Lunatic asylums United Provinces 1909-1921 - 1909-1921
Year: 1909
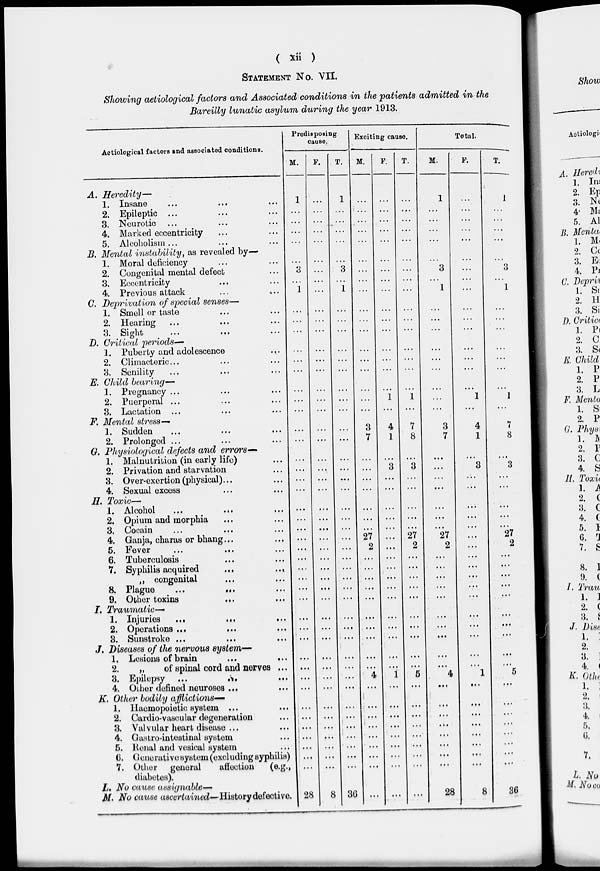
STATEMENT NO. VII.
Showing aetiological factors and Associated conditions in the patients admitted in the
Bareilly lunatic asylum during the year 1913.
Aetiological factors and associated conditions.
A. Heredity—
1. Insane
2. Epileptic ...
3. Neurotic
4. Marked eccentricity
5. Alcoholism ...
B. Mental instability, as revealed by—
1. Moral deficiency
2. Congenital mental defect
3. Eccentricity
4. Previous attack
C. Deprivation of special senses—
1. Smell or taste
2. Hearing
3. Sight
...
MI
D. Critical periods—
1. Puberty and adolescence
2. Climacteric...
3. Senility
E. Child bearing—
1. Pregnancy ...
2. Puerperal ...
3. Lactation
F. Mental stress—
1. Sudden
2. Prolonged ...
G. Physiological defects and errors—
1. Malnutrition (in early life)
2. Privation and starvation
3. Over-exertion (physical)...
4. Sexual excess
H. Toxic—
1. Alcohol
2. Opium and morphia
3. Cocain
4. Ganja, charas or bhang...
5. Fever
...
...
6. Tuberculosis
7. Syphilis acquired
...
..,
,, congenital
8. Plague
9. Other toxins
I. Traumatic—'
1. Injuries
...
...
2. Operations ...
8. Sunstroke ...
J. Diseases of the nervous system—
1. Lesions of brain
...
...
2.
,,
of spinal cord and nerves ...
3. Epilepsy ...
,S,
4. Oilier defined neuroses ...
K. Other bodily afflictions—
1. Haemopoietic system ...
2. Cardio-vaseular degeneration
3. Valvular heart disease ...
4. Gastro-intostinal system
5. Kenal and vesical system
6. Generative system (excluding syphilis)
7. Other general
affection
(e.g.,
diabetes).
L» No cause assignable—
M> No cause ascertained—History defective.
Predisposing
causo.
M.
3
1
P.
T.
3
1
Exciting causo.
M.
3
7
27
2
4
4
1
T.
7
8
3
27
2
28
8 3G
Total.
M.
3
1
P.
T.
3
1
3
7
27
2
4
1
7
8
4
. * •
27
2
5
28
8
36
A, Ilere'U
1. In;
2. Ep
3. N(
4- M«
5. Al
B. Merita*
1. M«
2. Cc
3. Ec
4. Pi
C. Deprii
1. Si
2. 11
3. s.
]). Critict
1. Pi
2. c
3. S(
E. Child
1. p
2. p
3. L
F. Menla
1. Si
2. P
G. Ph ys,
1. JV
2. P
3. c
4. s
11, Toxit
1. A
2, (
3. C
4. c
5. 1
6.
r J
7. £
8. 1
9. (
f. Trau
1. J
2. (
8. I
J. D ,86
1. ;
2.
a,
4. <
K, Othe
1. ]
2. i
3.
4. i
5.
0.
7.
1. No
If. No au